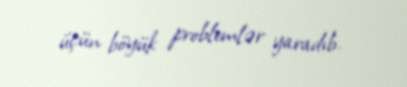
üçün böyük problemlər yaradıb.